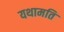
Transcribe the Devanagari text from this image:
यथामति